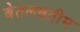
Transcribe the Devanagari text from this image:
बेतलबतीम